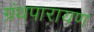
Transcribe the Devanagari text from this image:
ग्रंथपारायण